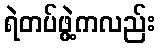
ရဲတပ်ဖွဲ့ကလည်း